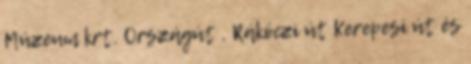
Múzeum krt. Országút , Rákóczi út Kerepesi út és